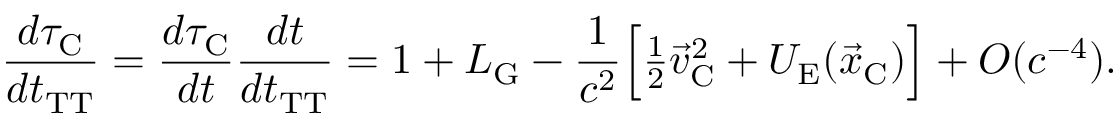
\frac { d \tau _ { \mathrm { C } } } { d t _ { \mathrm { T T } } } = \frac { d \tau _ { \mathrm { C } } } { d t } \frac { d t } { d t _ { \mathrm { T T } } } = 1 + L _ { \mathrm { G } } - \frac { 1 } { c ^ { 2 } } \Big [ { \textstyle \frac { 1 } { 2 } } { \vec { v } } _ { \mathrm { C } } ^ { 2 } + U _ { \mathrm { E } } ( { \vec { x } } _ { \mathrm { C } } ) \Big ] + { \cal O } ( c ^ { - 4 } ) .